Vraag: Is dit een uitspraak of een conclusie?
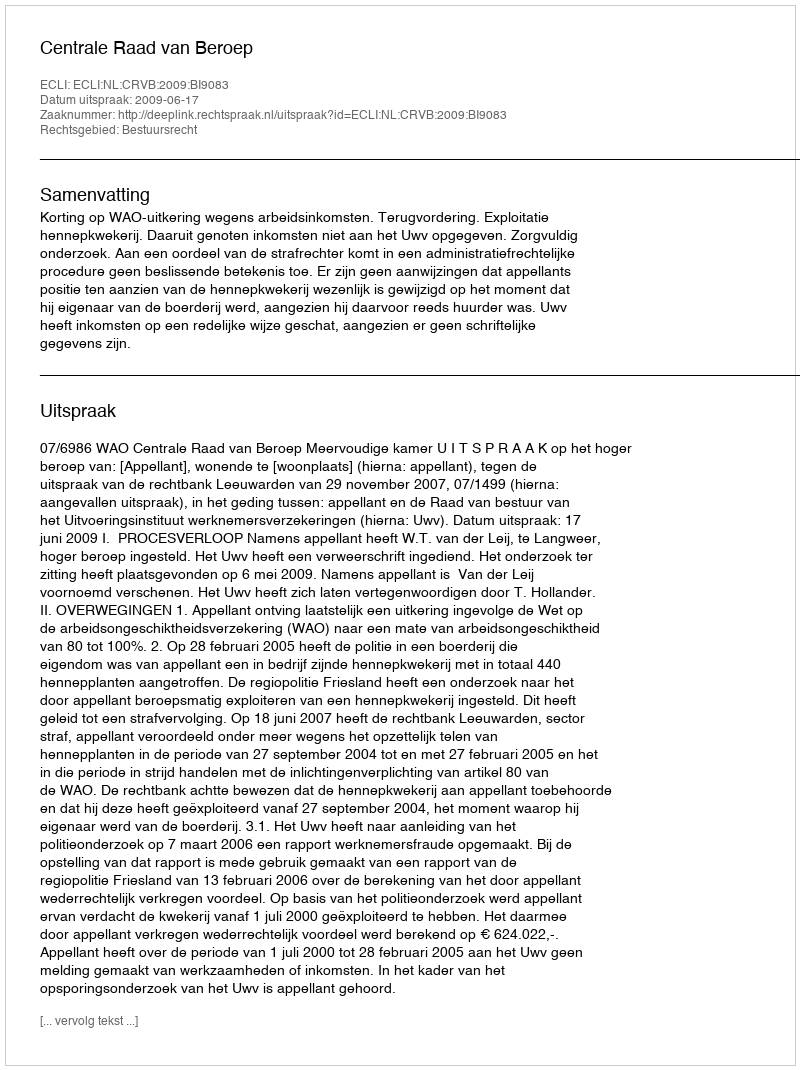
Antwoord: Uitspraak